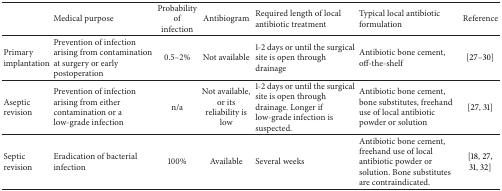
|  | Medical purpose | Probability of infection | Antibiogram | Required length of local antibiotic treatment | Typical local antibiotic formulation | Reference |
 | --- | --- | --- | --- | --- | --- | --- |
 | Primary implantation | Prevention of infection arising from contamination at surgery or early postoperation | 0.5–2% | Not available | 1-2 days or until the surgical site is open through drainage | Antibiotic bone cement, off-the-shelf | [27–30] |
 | Aseptic revision | Prevention of infection arising from either contamination or a low-grade infection | n/a | Not available, or its reliability is low | 1-2 days or until the surgical site is open through drainage. Longer if low-grade infection is suspected. | Antibiotic bone cement, bone substitutes, freehand use of local antibiotic powder or solution | [27, 31] |
 | Septic revision | Eradication of bacterial infection | 100% | Available | Several weeks | Antibiotic bone cement, freehand use of local antibiotic powder or solution. Bone substitutes are contraindicated. | [18, 27, 31, 32] |